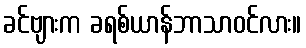
ခင်ဗျားက ခရစ်ယာန်ဘာသာဝင်လား။